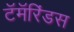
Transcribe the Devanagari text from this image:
टॅमॅरिंडस